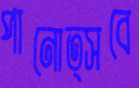
পানোত্সবে